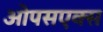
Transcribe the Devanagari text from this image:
ओपसएक्स